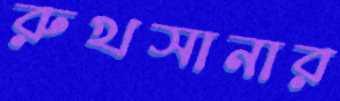
রুখসানার